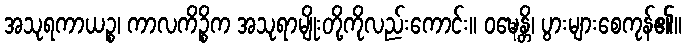
အသုရကာယဉ္စ၊ ကာလကိဉ္စိက အသုရာမျိုးတို့ကိုလည်းကောင်း။ ဝဍ္ဎေန္တိ၊ ပွားများစေကုန်၏။